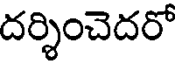
దర్శించెదరో